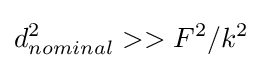
d_{nominal}^{2}>>F^{2}/k^{2}